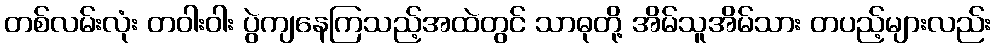
တစ်လမ်းလုံး တဝါးဝါး ပွဲကျနေကြသည့်အထဲတွင် သာဓုတို့ အိမ်သူအိမ်သား တပည့်များလည်း